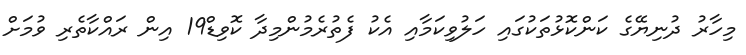
މިހާރު ދުނިޔޭގެ ކަންކޮޅުތަކުގައި ހަލުވިކަމާއި އެކު ފެތުރެމުންމިދާ ކޮވިޑް19 އިން ރައްކާތެރި ވުމަށް